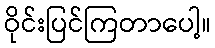
ဝိုင်းပြင်ကြတာပေါ့။